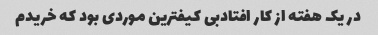
در یک هفته از کار افتادبی کیفترین موردی بود که خریدم